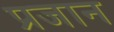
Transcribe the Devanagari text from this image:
प्रजान